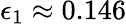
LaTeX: \epsilon_{1}\approx 0.146